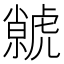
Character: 虩